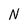
Character: N